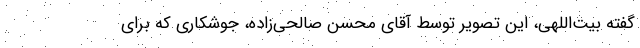
گفته بیت‌اللهی، این تصویر توسط آقای محسن صالحی‌زاده، جوشکاری که برای